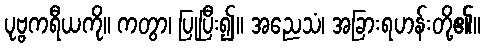
ပုဗ္ဗကရီယကို။ ကတွာ၊ ပြုပြီး၍။ အညေသံ၊ အခြားရဟန်းတို့၏။